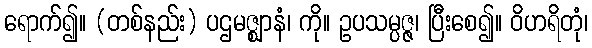
ရောက်၍။ (တစ်နည်း) ပဌမဇ္ဈာနံ၊ ကို။ ဥပသမ္ပဇ္ဇ၊ ပြီးစေ၍။ ဝိဟရိတုံ၊